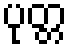
ပုတ္တ